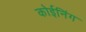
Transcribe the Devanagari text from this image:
कोईनिंग